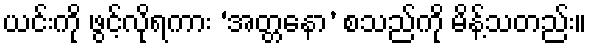
ယင်းကို ဖွင့်လိုရကား ‘အတ္တနော’ စသည်ကို မိန့်သတည်း။